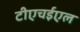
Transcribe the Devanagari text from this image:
टीएचईएल